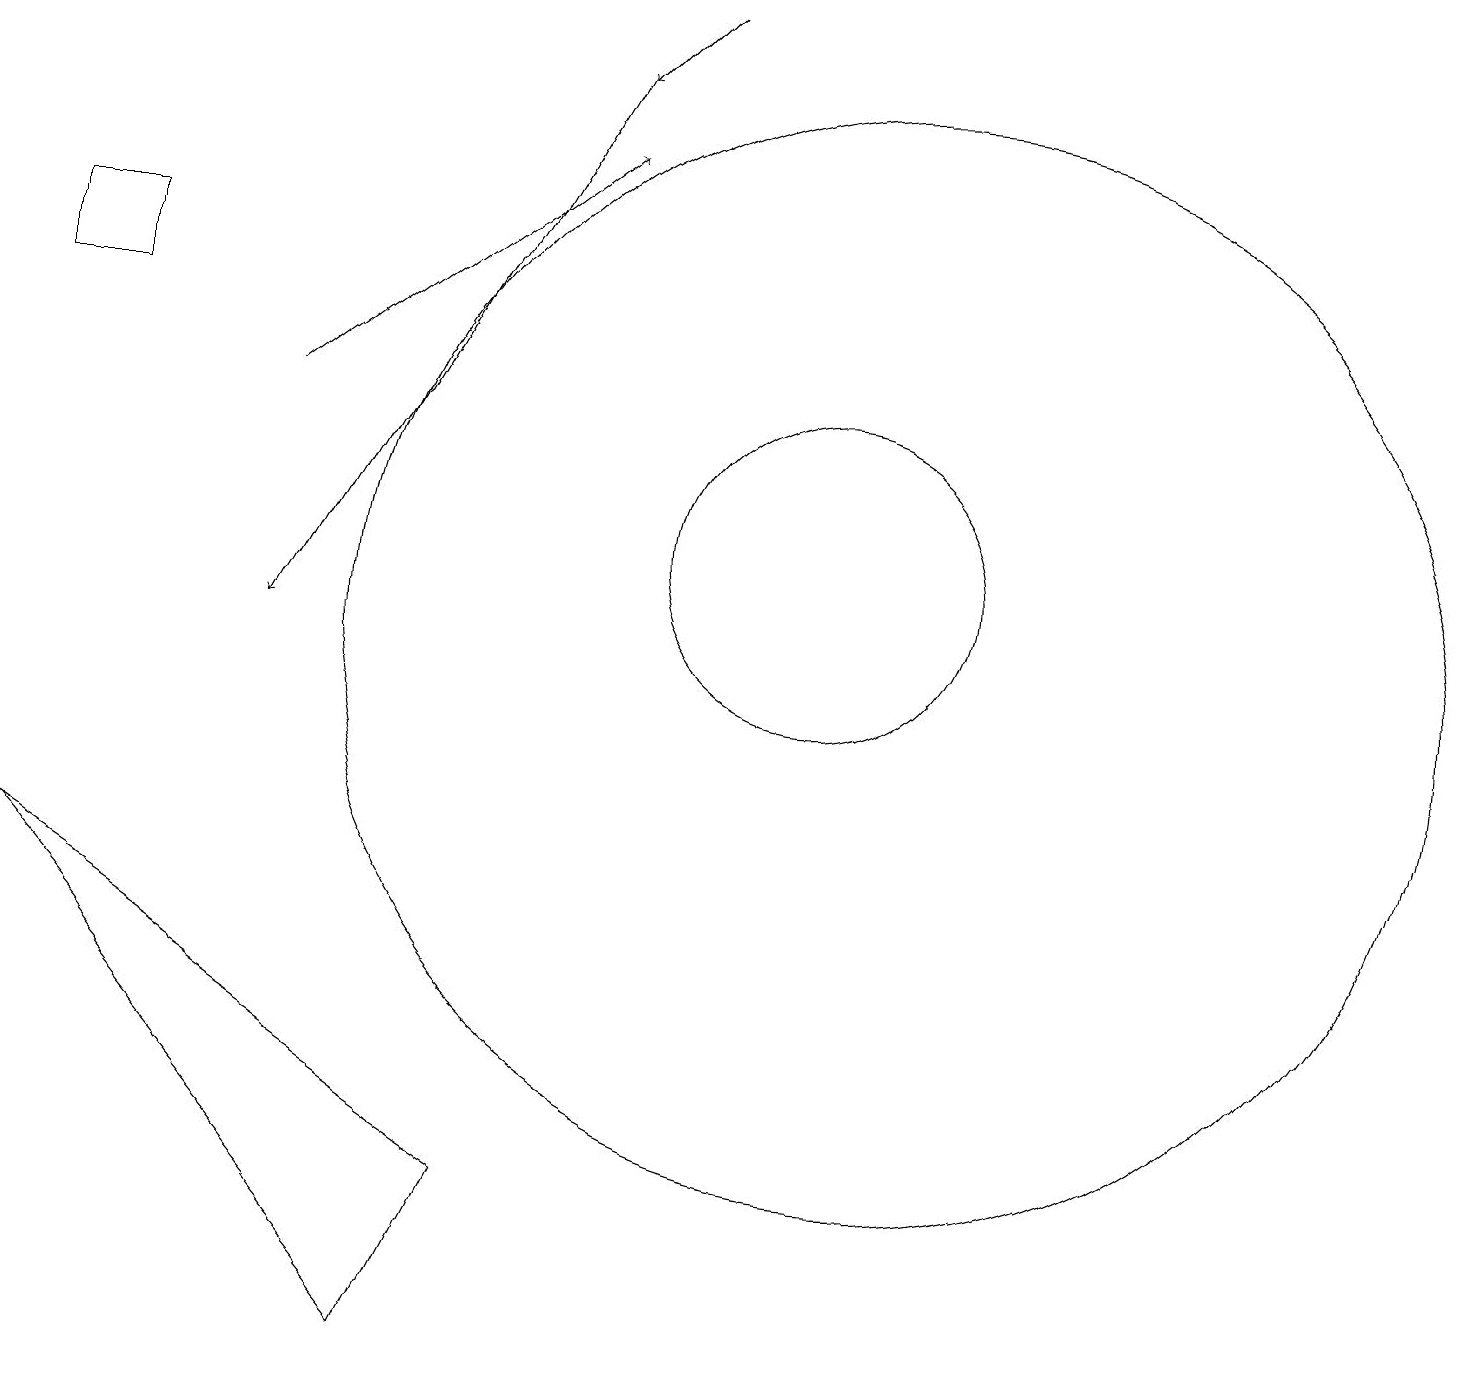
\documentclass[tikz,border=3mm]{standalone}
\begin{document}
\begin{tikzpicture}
\draw[->] (9,18) -- (8,17);
\draw[->] (8,17) -- (4,10);
\draw (1,15) rectangle (2,14);
\draw[->] (4,13) -- (8,16);
\draw (12,10) circle (7);
\draw (11,11) circle (2);
\draw (1,7) -- (6,1) -- (7,3) -- cycle;
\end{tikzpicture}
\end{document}